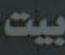
بيت